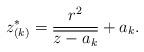
LaTeX: \begin{align*} z_{(k)}^*=\frac{r^2}{\overline{z-a_k}}+a_k.\end{align*}